system: You are a helpful assistant.
user:
Analyze the provided spectrum to determine if it is a **M-type Giant (gM)**.

A M-type Giant spectrum is defined by its **strong molecular absorption** features, particularly from **Titanium Oxide (TiO)**. You must check for one of the following mutually exclusive signatures:

- **Key Visual Indicators (Absorption-Dominated Spectrum):**

    - **(Primary):** The spectrum is dominated by strong molecular absorption from **Titanium Oxide (TiO)**. This is the **defining feature** of its M-type temperature class.
        - **(Key Bandheads):** Look for sharp, "saw-tooth" absorption valleys. The strongest are located near **~7050 Å**, **~6160 Å**, and **~5170 Å**.
        - **(Line Profile):** The "saw-tooth" morphology is critical: a **sharp, steep drop on the BLUE (short-wavelength) side** of the bandhead, followed by a gradual recovery (rising flux) towards the RED (long-wavelength) side.

    - **(Key Confirmation - Giant vs. Dwarf):** **ABSENCE** of strong **Calcium Hydride (CaH)** molecular bands. This is the primary diagnostic for *excluding* M-dwarfs.
        - **(Key Region):** The spectrum should lack the strong, broad absorption band seen in dwarfs between **~6800 Å and ~7000 Å**.

    - **(Secondary Confirmation - Giant):** A very strong and broad **Neutral Calcium (Ca I)** atomic absorption line.
        - **(Key Line):** Located at **~4226 Å**. In a giant (gM), this line is significantly deeper and broader than the same line in an M-dwarf (dM) due to low surface gravity.

    - **(Overall Spectrum):**
        - The continuum is **extremely red-sloping** (i.e., flux is very low in the blue and rises dramatically towards the red).
        - The entire spectrum appears "chopped up" by the deep TiO bands.

Think first, call **spectral_visualization_tool** if needed to examine features in detail, then provide your final answer. Your response must adhere to the following strict rules:
1.  **Overall Structure:** Your response must follow the format `<think>...</think> <tool_call>...</tool_call> (if a tool is used) <answer>...</answer>`.
2.  **Tool Usage Constraint:** You may only make **one** tool call per turn.
3.  **Final Answer Format:** In the `<answer>` tag, your conclusion must be inside a `\boxed{}` command (e.g., `\boxed{YES}` or `\boxed{NO}`), followed by your justification.

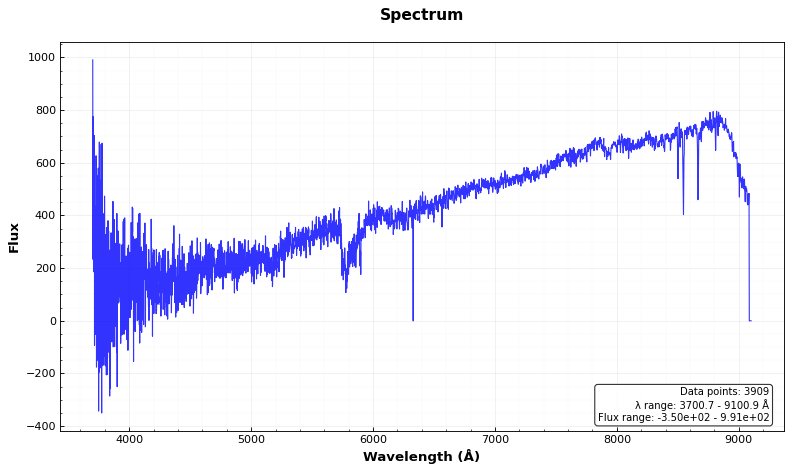
Answer: NO